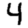
Digit: 4